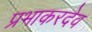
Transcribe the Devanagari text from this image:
प्रभाकरदेव